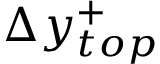
\Delta y _ { t o p } ^ { + }